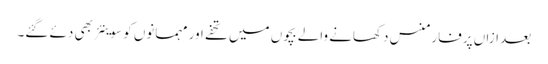
بعد ازاں پرفارمنس دکھانے والے بچوں میں تحفے اور مہمانوں کو سوینئر بھی دئے گئے۔